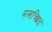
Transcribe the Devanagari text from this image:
मखच्छिदं